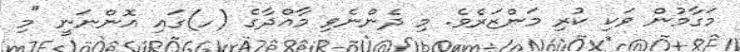
މަގާމުން ވަކި ކުރި މަންޒަރެވެ. މި ދެންނެވި މާއްދާގެ (ހ)ގައި އޮންނަނީ "މި